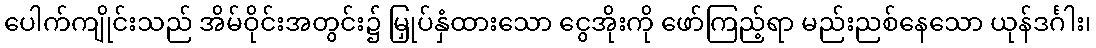
ပေါက်ကျိုင်းသည် အိမ်ဝိုင်းအတွင်း၌ မြှုပ်နှံထားသော ငွေအိုးကို ဖော်ကြည့်ရာ မည်းညစ်နေသော ယုန်ဒင်္ဂါး၊